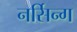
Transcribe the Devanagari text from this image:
नर्सिन्ग